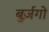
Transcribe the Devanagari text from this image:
बुर्ज़गो